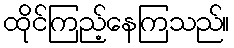
ထိုင်ကြည့်နေကြသည်။